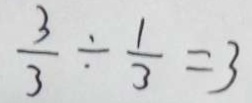
\frac { 3 } { 3 } \div \frac { 1 } { 3 } = 3